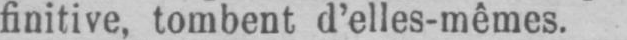
finitive, tombent d’elles-mêmes.